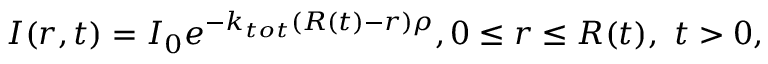
I ( r , t ) = I _ { 0 } e ^ { - k _ { t o t } ( R ( t ) - r ) \rho } , 0 \leq r \leq R ( t ) , \ t > 0 ,